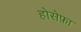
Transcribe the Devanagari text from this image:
होसेफ़ा